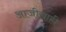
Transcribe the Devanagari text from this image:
आजीचाही